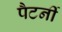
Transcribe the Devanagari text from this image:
पैटर्नी